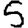
Digit: 5